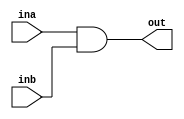
`timescale 1ns / 1ps

////////////////////////////////////////////
////////////////////////////////////////
module AndModule(ina, inb, out);
input ina, inb;
output reg out;

always @(ina, inb) begin
	out = ina & inb;
end

endmodule